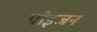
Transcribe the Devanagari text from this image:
पोइजन